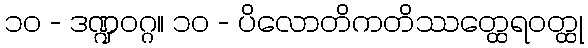
၁၀ - ဒဏ္ဍဝဂ္ဂ။ ၁၀ - ပိလောတိကတိဿတ္ထေရဝတ္ထု